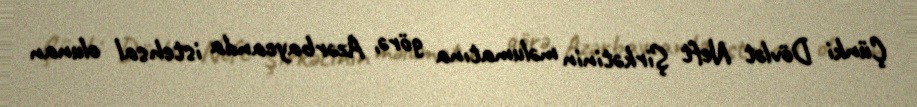
Çünki Dövlət Neft Şirkətinin məlumatına görə, Azərbaycanda istehsal olunan